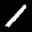
Label: 1